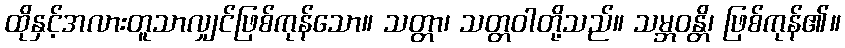
ထိုနှင့်အလားတူသာလျှင်ဖြစ်ကုန်သော။ သတ္တာ၊ သတ္တဝါတို့သည်။ သမ္ဘဝန္တိ၊ ဖြစ်ကုန်၏။